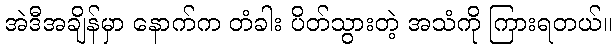
အဲဒီအချိန်မှာ နောက်က တံခါး ပိတ်သွားတဲ့ အသံကို ကြားရတယ်။